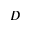
D